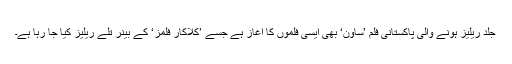
جلد ریلیز ہونے والی پاکستانی فلم ’ساون‘ بھی ایسی فلموں کا آغاز ہے جسے ’کلاکار فلمز‘ کے بینر تلے ریلیز کیا جا رہا ہے۔